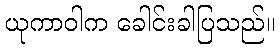
ယုကာဝါက ခေါင်းခါပြသည်။